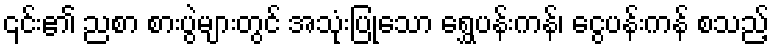
၎င်း၏ ညစာ စားပွဲများတွင် အသုံးပြုသော ရွှေပန်းကန်၊ ငွေပန်းကန် စသည့်